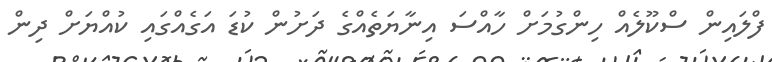
ފްލައިން ސްކޫލެއް ހިންގުމަށް ހާއްސަ އިނާޔަތެއްގެ ދަށުން ކުޑަ އަގެއްގައި ކުއްޔަށް ދިން